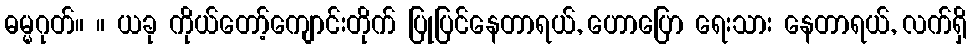
ဓမ္မဂုတ်။ ။ ယခု ကိုယ်တော့်ကျောင်းတိုက် ပြုပြင်နေတာရယ်, ဟောပြော ရေးသား နေတာရယ်, လက်ရှိ